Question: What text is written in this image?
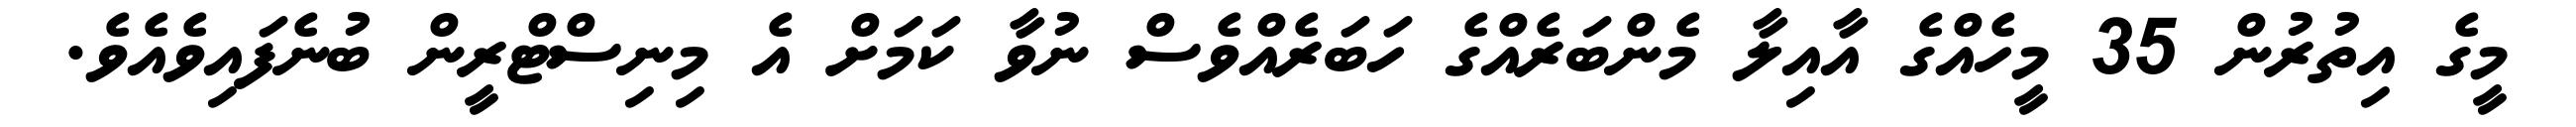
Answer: މީގެ އިތުރުން 35 މީހެއްގެ އާއިލާ މެންބަރެއްގެ ހަބަރެއްވެސް ނުވާ ކަމަށް އެ މިނިސްޓްރީން ބުނެފައިވެއެވެ.